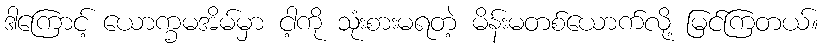
ဒါကြောင့် ယောက္ခမအိမ်မှာ ငါ့ကို သုံးစားမရတဲ့ မိန်းမတစ်ယောက်လို့ မြင်ကြတယ်။